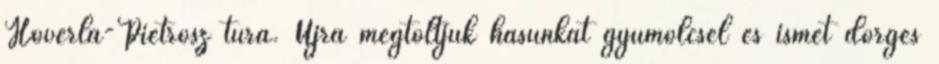
Hoverla-Pietrosz túra. Újra megtöltjük hasunkat gyümölcsel és ismét dörgés